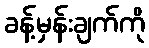
ခန့်မှန်းချက်ကို